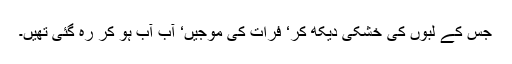
جس کے لبوں کی خشکی دیکھ کر‘ فرات کی موجیں‘ آب آب ہو کر رہ گئی تھیں۔